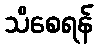
သိစေရန်